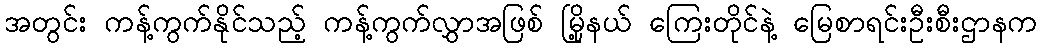
အတွင်း ကန့်ကွက်နိုင်သည့် ကန့်ကွက်လွှာအဖြစ် မြို့နယ် ကြေးတိုင်နဲ့ မြေစာရင်းဦးစီးဌာနက